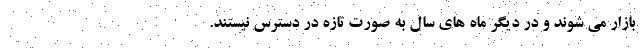
بازار می شوند و در دیگر ماه های سال به صورت تازه در دسترس نیستند.